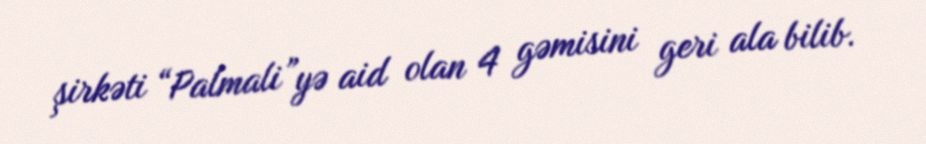
şirkəti “Palmali”yə aid olan 4 gəmisini geri ala bilib.